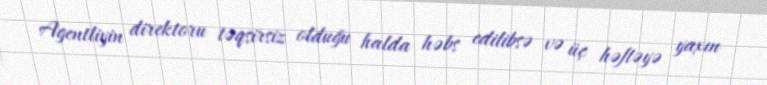
Agentliyin direktoru təqsirsiz olduğu halda həbs edilibsə və üç həftəyə yaxın